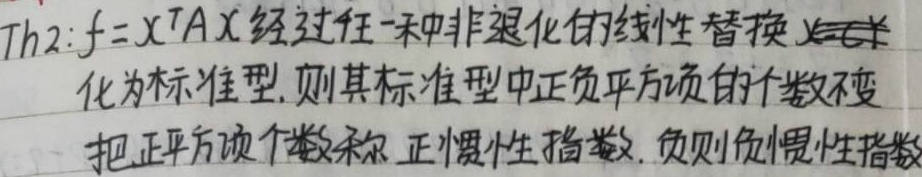
Th2: \(f = X^{T}AX\)经过任一种非退化的线性替换\(X = CY\)化为标准型，则其标准型中正负平方项的个数不变。把正平方项个数称为正惯性指数，负平方项个数称为负惯性指数。